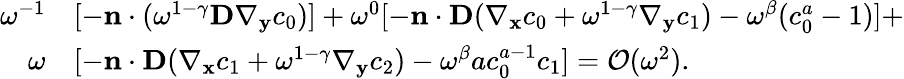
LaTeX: \begin{array}{rl}{\omega^{-1}}&{[-\mathbf n\cdot(\omega^{1-\gamma}\textbf{D}\nabla_{\mathbf y}c_{0})]+\omega^{0}[-\mathbf n\cdot\mathbf D(\nabla_{\mathbf x}c_{0}+\omega^{1-\gamma}\nabla_{\mathbf y}c_{1})-\omega^{\beta}(c_{0}^{a}-1)]+}\\ {\omega}&{[-\mathbf n\cdot\textbf{D}(\nabla_{\mathbf x}c_{1}+\omega^{1-\gamma}\nabla_{\mathbf y}c_{2})-\omega^{\beta}ac_{0}^{a-1}c_{1}]=\mathcal{O}(\omega^{2}).}\end{array}